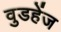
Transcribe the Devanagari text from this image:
वुडहेंज